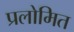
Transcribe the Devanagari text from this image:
प्रलोमित